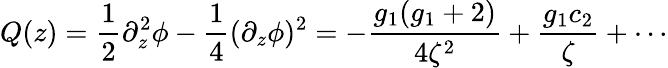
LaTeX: Q(z)=\frac{1}{2}\partial_{z}^{2}\phi-\frac{1}{4}(\partial_{z}\phi)^{2}=-\frac{g_{1}(g_{1}+2)}{4\zeta^{2}}+\frac{g_{1}c_{2}}{\zeta}+\cdots